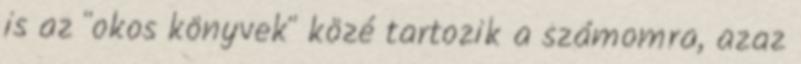
is az "okos könyvek" közé tartozik a számomra, azaz